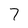
Character: 7